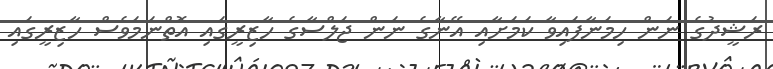
ރަޝީދުގެ ނަން ހިމަނާފައިވާ ކަމަށާއި އޭނާގެ ނަން ޖަލްސާގެ ހާޒިރީގައި އޮތްނަމަވެސް ހާޒިރީގައި